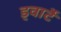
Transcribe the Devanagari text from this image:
ड्वार्टे